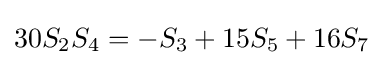
30S_{2}S_{4}=-S_{3}+15S_{5}+16S_{7}